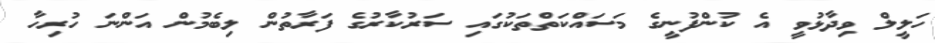
ހަލީލް ވިދާޅުވީ އެ ކުންފުނީގެ މަސައްކަތްތަކުގައި ސަރުކާރުގެ ފަރާތުން ލިބެމުން އަންނަ ހުރިހާ